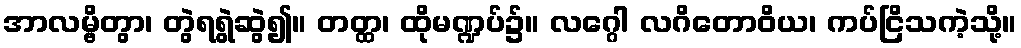
အာလမ္ဗိတွာ၊ တွဲရရွဲဆွဲ၍။ တတ္ထ၊ ထိုမဏ္ဍပ်၌။ လဂ္ဂေါ လဂိတောဝိယ၊ ကပ်ငြိသကဲ့သို့။